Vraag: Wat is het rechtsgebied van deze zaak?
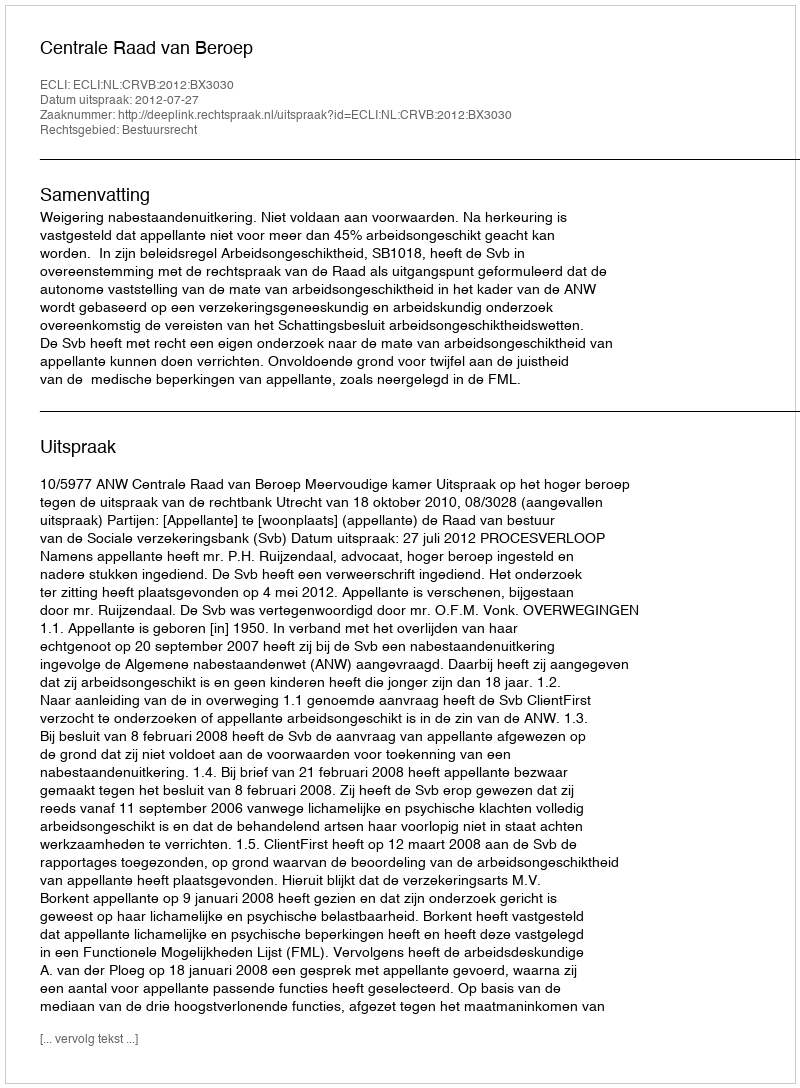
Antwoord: Bestuursrecht